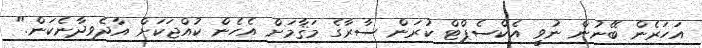
އަހަރެން ބޭނުން ނުވީ އެކްސެޕްޓް ކުރަން ސާރާގެ މަޤާމަށް އެހެން ކުއްޖަކަށް އާދެވިދާނެކަން."